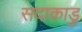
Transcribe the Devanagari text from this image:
सदाकाडु